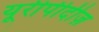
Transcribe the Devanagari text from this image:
यूरीपीदीज़